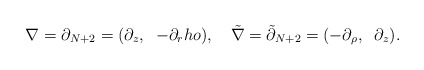
\begin{align*}\nabla=\partial_{N+2}=(\partial_z,\;\;-\partial_rho),\quad{\tilde \nabla}={\tilde\partial}_{N+2}=(-\partial_\rho,\;\;\partial_z).\end{align*}